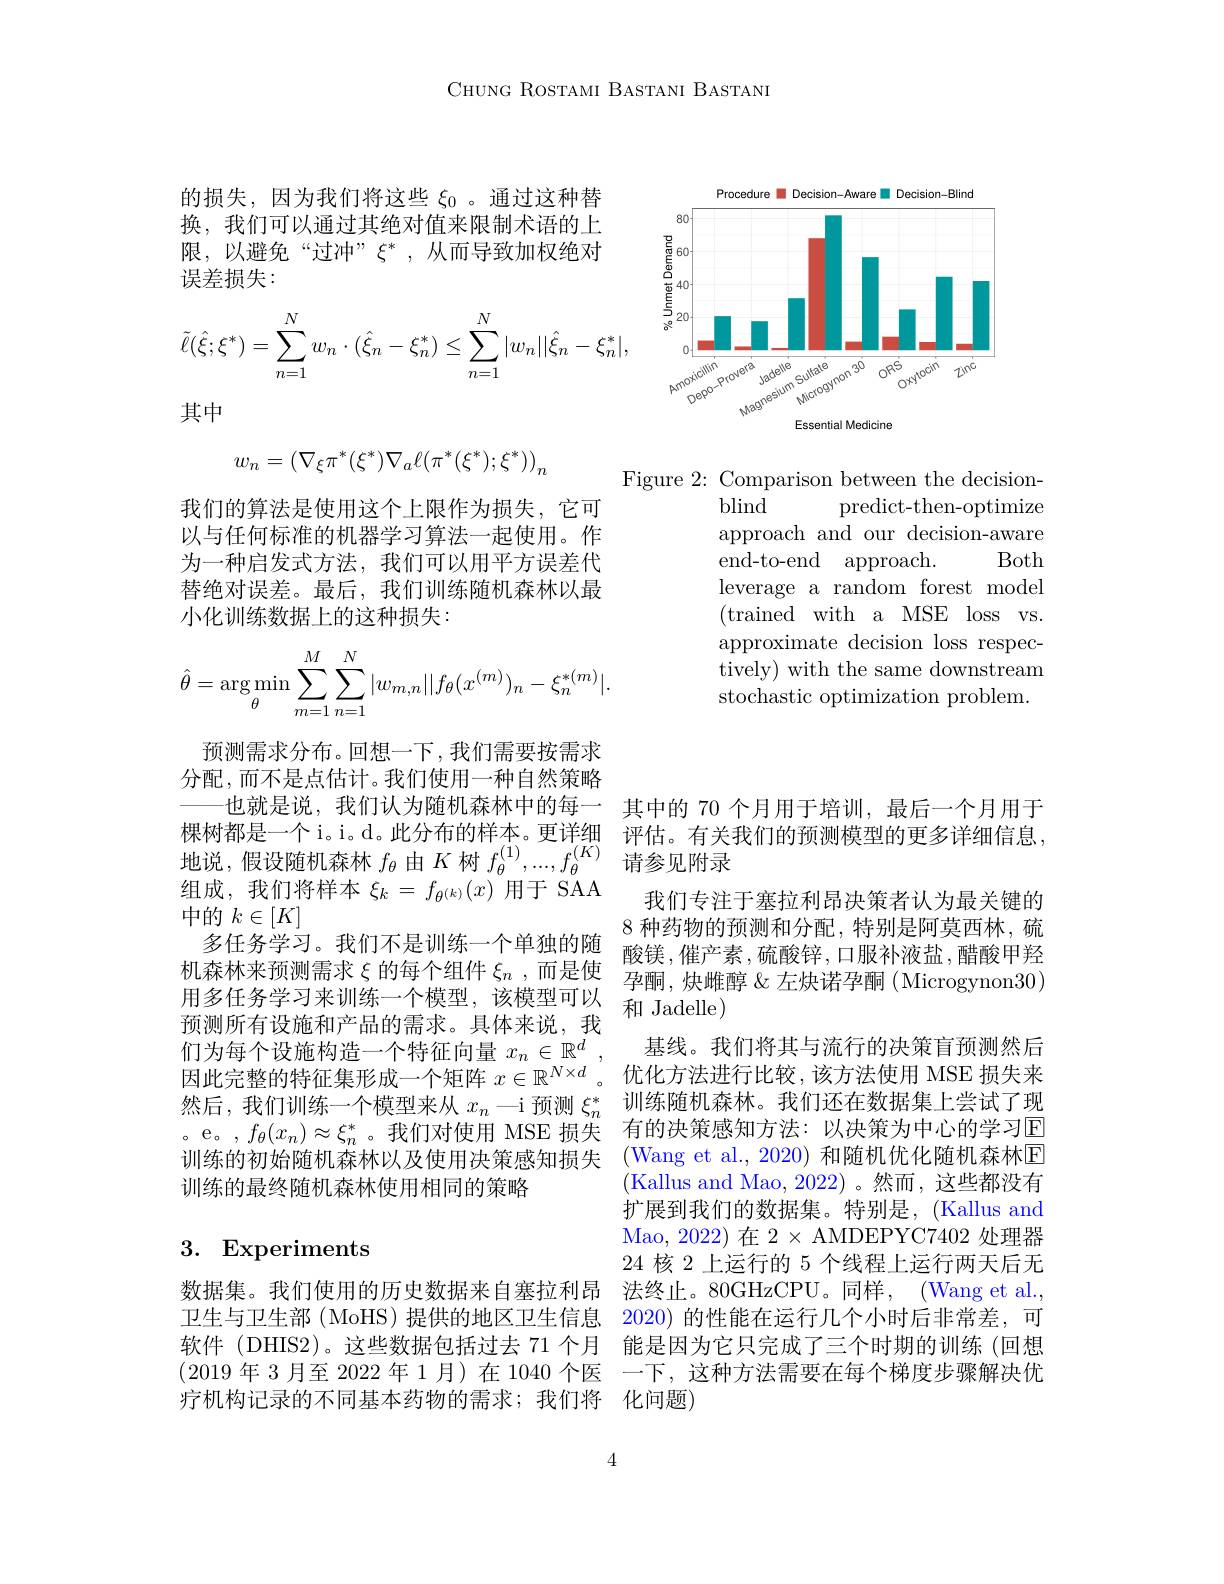
CHUNG ROSTAMI BASTANI BASTANI

<FigureHere>

Figure 2: Comparison between the decision-
blind
predict-then-optimize
approach and our decision-aware
Both
end-to-end approach.
leverage a random forest model ( trained with a MSE loss vs. approximate decision loss respectively) with the same downstream stochastic optimization problem.

的损失，因为我们将这些$\xi_0$ 。通过这种替换，我们可以通过其绝对值来限制术语的上限，以避免“过冲”$\xi^*$,从而导致加权绝对误差损失：
$$\tilde\ell(\hat\xi;\xi^*)=\sum\limits_{n=1}^Nw_n\cdot(\hat\xi_n-\xi_n^*)\leq\sum\limits_{n=1}^N|w_n||\hat\xi_n-\xi_n^*|,$$
其中
$$w_n=\left(\nabla_\xi\pi^*(\xi^*)\nabla_a\ell(\pi^*(\xi^*);\xi^*)\right)_n$$
我们的算法是使用这个上限作为损失，它可以与任何标准的机器学习算法一起使用。作为一种启发式方法，我们可以用平方误差代替绝对误差。最后，我们训练随机森林以最小化训练数据上的这种损失：
$$\hat\theta=\underset{\theta}{\arg\min}\sum_{m=1}^M\sum_{n=1}^N|w_{m,n}||f_\theta(x^{(m)})_n-\xi_n^{*(m)}|.$$
预测需求分布。回想一下，我们需要按需求分配，而不是点估计。我们使用一种自然策略——也就是说，我们认为随机森林中的每一 其中的 70 个月用于培训，最后一个月用于棵树都是一个 i。i。d。此分布的样本。更详细 评估。有关我们的预测模型的更多详细信息， 地说，假设随机森林$f_\theta$由$K$树$f_\theta^{(1)},...,f_\theta^{(K)}$请参见附录
组成，我们将样本$\xi_k=f_{\theta^{(k)}}(x)$用于 SAA
中的$k\in[K]$
多任务学习。我们不是训练一个单独的随 酸镁，催产素，硫酸锌，口服补液盐，醋酸甲羟机森林来预测需求$\xi$的每个组件 $\xi_n$ ,而是使 孕酮，炔雌醇 &左炔诺孕酮 (Microgynon30) 用多任务学习来训练一个模型，该模型可以 和 Jadelle)
预测所有设施和产品的需求。具体来说，我们为每个设施构造一个特征向量$x_n\in\mathbb{R}^d$ 因此完整的特征集形成一个矩阵$x\in\mathbb{R}^{N\times d}$。优化方法进行比较，该方法使用 MSE 损失来然后，我们训练一个模型来从$x_n$ —i 预测$\xi_n^*$训练随机森林。我们还在数据集上尝试了现。e。,$f_\theta(x_n)\approx\xi_n^*$。我们对使用 MSE 损失 有的决策感知方法：以决策为中心的学习回训练的初始随机森林以及使用决策感知损失
训练的最终随机森林使用相同的策略

## 3. Experiments

4

我们专注于塞拉利昂决策者认为最关键的8种药物的预测和分配，特别是阿莫西林，硫
基线。我们将其与流行的决策盲预测然后(Wang et al., 2020) 和随机优化随机森林E (Kallus and Mao, 2022)。然而，这些都没有扩展到我们的数据集。特别是，(Kallus and Mao, 2022) 在 2 × AMDEPYC7402 处理器24 核 2 上运行的 5 个线程上运行两天后无
数据集。我们使用的历史数据来自塞拉利昂 法终止。80GHzCPU。同样，(Wang et al., 卫生与卫生部 (MoHS) 提供的地区卫生信息 2020) 的性能在运行几个小时后非常差，可软件 (DHIS2)。这些数据包括过去 71 个月 能是因为它只完成了三个时期的训练 (回想(2019 年 3 月至 2022 年 1 月)在 1040 个医 一下，这种方法需要在每个梯度步骤解决优疗机构记录的不同基本药物的需求；我们将 化问题)